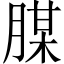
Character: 腜